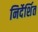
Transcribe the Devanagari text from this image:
निर्देर्शित